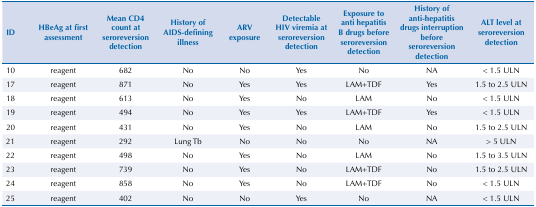
| ID | HBeAg at first assessment | Mean CD4 count at seroreversion detection | History of AIDS-defining illness | ARV exposure | Detectable HIV viremia at seroreversion detection | Exposure to anti hepatitis B drugs before seroreversion detection | History of anti-hepatitis drugs interruption before seroreversion detection | ALT level at seroreversion detection |
 | --- | --- | --- | --- | --- | --- | --- | --- | --- |
 | 10 | reagent | 682 | No | No | Yes | No | NA | < 1.5 ULN |
 | 17 | reagent | 871 | No | Yes | Yes | LAM+TDF | Yes | 1.5 to 2.5 ULN |
 | 18 | reagent | 613 | No | Yes | No | LAM | No | < 1.5 ULN |
 | 19 | reagent | 494 | No | Yes | Yes | LAM+TDF | Yes | < 1.5 ULN |
 | 20 | reagent | 431 | No | Yes | No | LAM | No | 1.5 to 2.5 ULN |
 | 21 | reagent | 292 | Lung Tb | No | No | No | NA | > 5 ULN |
 | 22 | reagent | 498 | No | Yes | No | LAM | No | 1.5 to 3.5 ULN |
 | 23 | reagent | 739 | No | Yes | No | LAM+TDF | No | 1.5 to 2.5 ULN |
 | 24 | reagent | 858 | No | Yes | No | LAM+TDF | No | < 1.5 ULN |
 | 25 | reagent | 402 | No | No | Yes | No | NA | < 1.5 ULN |